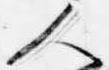
人